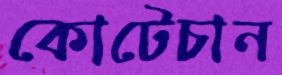
কোটেচান